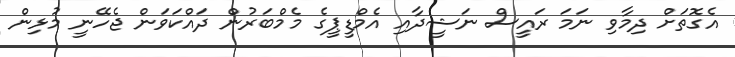
އެގޮތަށް ދިމާވި ނަމަ ރައީސް ނަޝީދާއި އެމްޑީޕީގެ މެމްބަރުން ދައްކަވަން ޖެހޭނީ މުޅިން